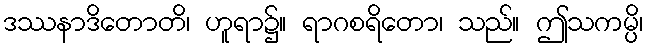
ဒဿနာဒိတောတိ၊ ဟူရာ၌။ ရာဂစရိတော၊ သည်။ ဤသကမ္ပိ၊